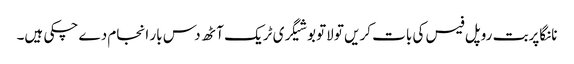
نانگاپربت روپل فیس کی بات کریں تو لاتوبو شیگری ٹریک آٹھ دس بار انجام دے چکی ہیں۔